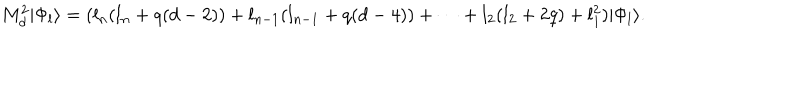
LaTeX: M _ { d } ^ { 2 } | \Phi _ { l } \rangle = ( l _ { n } ( l _ { n } + q ( d - 2 ) ) + l _ { n - 1 } ( l _ { n - 1 } + q ( d - 4 ) ) + \dots + l _ { 2 } ( l _ { 2 } + 2 q ) + l _ { 1 } ^ { 2 } ) | \Phi _ { l } \rangle .